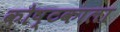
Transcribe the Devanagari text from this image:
कोष्टकाला